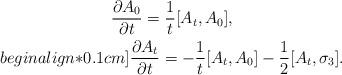
LaTeX: \begin{align*}\begin{gathered}\frac{\partial A_0}{\partial t}=\frac{1}{t}[A_t,A_0],\\begin{align*}0.1cm]\frac{\partial A_t}{\partial t}=-\frac{1}{t}[A_t,A_0]-\frac{1}{2}[A_t,\sigma_3].\end{gathered}\end{align*}